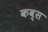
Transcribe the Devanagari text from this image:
कव्स